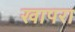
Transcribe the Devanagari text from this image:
खापरा